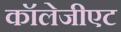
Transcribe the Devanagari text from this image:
कॉलेजीएट